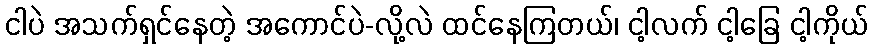
ငါပဲ အသက်ရှင်နေတဲ့ အကောင်ပဲ-လို့လဲ ထင်နေကြတယ်၊ ငါ့လက် ငါ့ခြေ ငါ့ကိုယ်